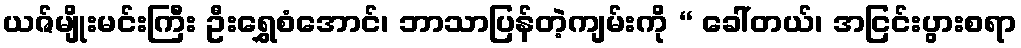
ယဇ်မျိုးမင်းကြီး ဦးရွှေစံအောင်၊ ဘာသာပြန်တဲ့ကျမ်းကို “ ခေါ်တယ်၊ အငြင်းပွားစရာ